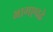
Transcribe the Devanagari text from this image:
भागएवढे